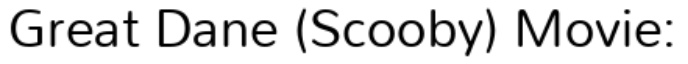
Great Dane (Scooby) Movie: